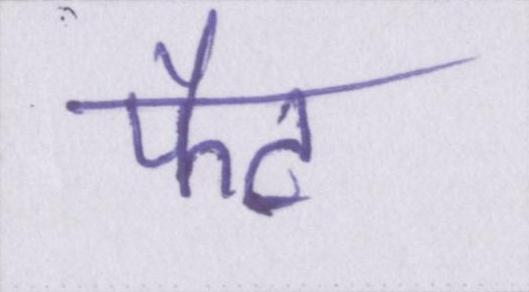
फैट